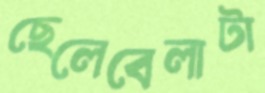
ছেলেবেলাটা